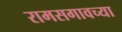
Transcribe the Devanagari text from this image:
रामसगावच्या